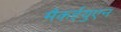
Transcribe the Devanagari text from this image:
मैकईयुएन